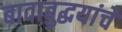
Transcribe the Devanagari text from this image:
बावाबुद्धयांचे